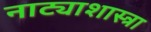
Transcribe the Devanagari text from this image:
नाट्याशास्त्रा